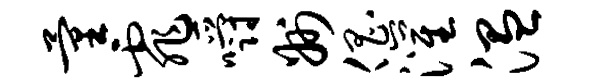
量霏嚼州倡灌温